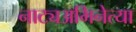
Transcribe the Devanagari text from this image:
नाट्यअभिनेत्या